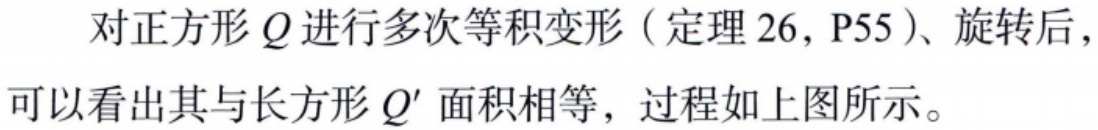
对正方形\(Q\)进行多次等积变形（定理 26, P55）、旋转后，可以看出其与长方形\(Q'\)面积相等，过程如上图所示。